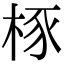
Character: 㭬